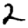
Digit: 2